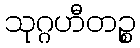
သုဂ္ဂဟီတဉ္စ